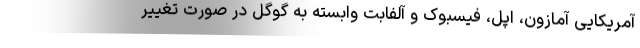
آمریکایی آمازون، اپل، فیسبوک و آلفابت وابسته به گوگل در صورت تغییر